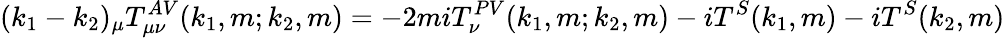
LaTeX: (k_{1}-k_{2})_{\mu}T_{\mu\nu}^{AV}(k_{1},m;k_{2},m)=-2miT_{\nu}^{PV}(k_{1},m;k_{2},m)-iT^{S}(k_{1},m)-iT^{S}(k_{2},m)